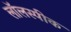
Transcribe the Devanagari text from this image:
लॉलस्पीक